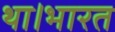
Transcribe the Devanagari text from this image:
था।भारत